Report on vaccination in Madras 1904-1921 - 1904-1921
Year: 1904
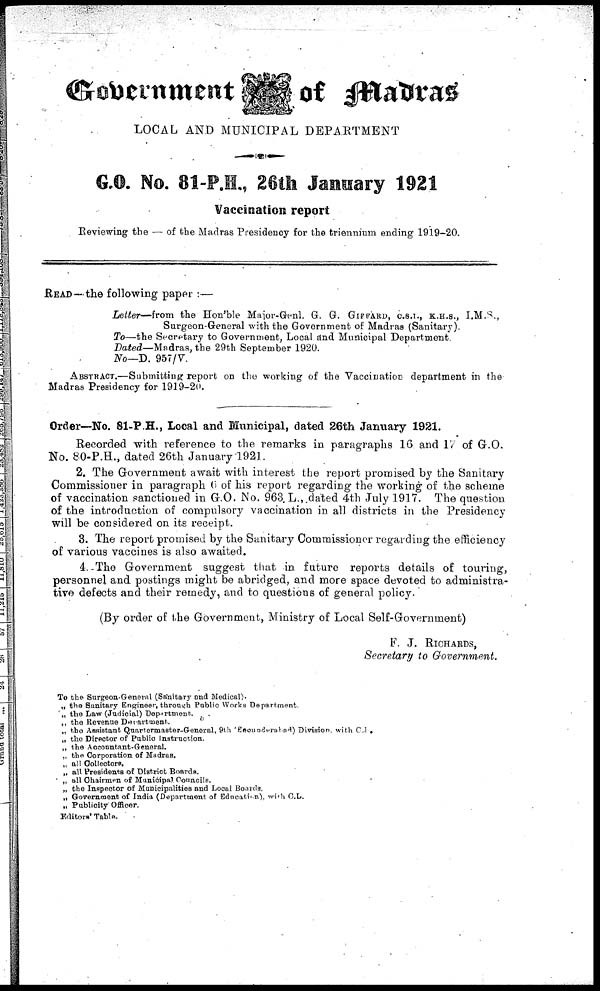
Government
of Madras
LOCAL AND MUNICIPAL DEPARTMENT
G.O. No. 81-P.H., 26th January 1921
Vaccination report
Reviewing the — of the Madras Presidency for the triennium ending 1919-20.
READ—the following paper :—
Letter—from the Hon'ble Major-Genl. G. G. GIFFARD, C.S.I., K.H.S., I.M.S.,
Surgeon-General with the Government of Madras (Sanitary).
To—the Secretary to Government, Local and Municipal Department.
Dated—Madras, the 29th September 1920.
No—D. 957/V.
ABSTRACT.—Submitting report on the working of the Vaccination department in the
Madras Presidency for 1919-20.
Order—No. 81-P.H., Local and Municipal, dated 26th January 1921.
Recorded with reference to the remarks in paragraphs 16 and 17 of G.O.
No. 80-P.H., dated 26th January 1921.
2. The Government await with interest the report promised by the Sanitary
Commissioner in paragraph 6 of his report regarding the working of the scheme
of vaccination sanctioned in G.O. No. 963. L., dated 4th July 1917. The question
of the introduction of compulsory vaccination in all districts in the Presidency
will be considered on its receipt.
3. The report promised by the Sanitary Commissioner regarding the efficiency
of various vaccines is also awaited.
4. -The Government suggest that in future reports details of touring,
personnel and postings might be abridged, and more space devoted to administra-
tive defects and their remedy, and to questions of general policy.
(By order of the Government, Ministry of Local Self-Government)
F. J. RICHARDS,
Secretary to Government.
To the Surgeon-General (Sanitary and Medical).
„ the Sanitary Engineer, through Public Works Department.
„ the Law (Judicial) Department.
„ the Revenue Department.
„ the Assistant Quartermaster-General, 9th (Secunderabad) Division, with C.I .
„ the Director of Public Instruction.
„ the Accountant-General.
„ the Corporation of Madras.
„ all Collectors.
„ all Presidents of District Boards.
„ all Chairmen of Municipal Councils.
„ the Inspector of Municipalities and Local Boards.
„ Government of India (Department of Education), with C.L.
„ Publicity Officer.
Editors' Table.